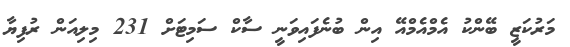
މަރުކަޒީ ބޭންކު އެމްއެމްއޭ އިން ބުނެފައިވަނީ ސާކް ސަމިޓަށް 231 މިލިއަން ރުފިޔާ